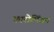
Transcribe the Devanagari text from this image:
कारोलिंजन